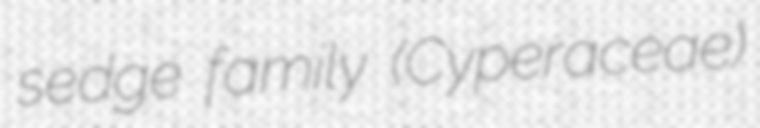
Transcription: sedge family (Cyperaceae)